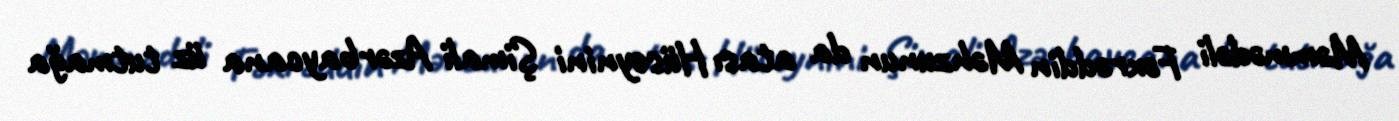
Məmmədəli Fəxrəddin Məhzunun da atası Hüseynini Şimali Azərbaycana üz tutmağa